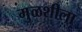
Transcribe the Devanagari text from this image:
मुळशीला